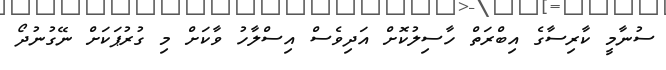
ސުނާމީ ކާރިސާގެ އިބްރަތް ހާސިލުކޮށް އަދިވެސް އިސްލާހު ވާކަށް މި ގުރުޕަކަށް ނޭގުނުދޯ